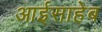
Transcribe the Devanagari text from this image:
आईसाहेब